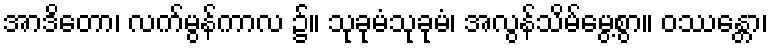
အာဒိတော၊ လက်မွန်ကာလ ၌။ သုခုမံသုခုမံ၊ အလွန်သိမ်မွေ့စွာ။ ဝဿန္တော၊